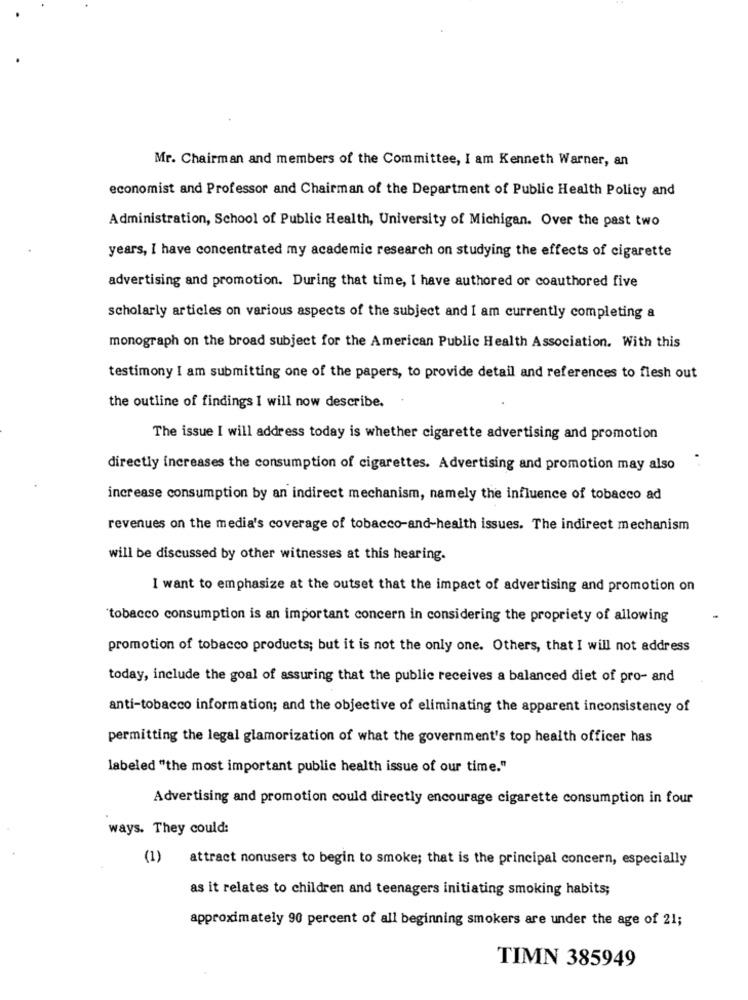
Mr. Chairman and members of the Committee, I am Kenneth Warner, an
economist and Professor and Chairman of the Department of Public Health Policy and
Administration, School of Public Health, University of Michigan. Over the past two
years, I have concentrated my academic research on studying the effects of cigarette
advertising and promotion. During that time, I have authored or coauthored five
scholarly articles on various aspects of the subject and I am currently completing a
monograph on the broad subject for the American Public Health Association. With this
testimony I am submitting one of the papers, to provide detail and references to flesh out
the outline of findings I will now describe.
The issue I will address today is whether cigarette advertising and promotion
directly increases the consumption of cigarettes. Advertising and promotion may also
increase consumption by an indirect mechanism, namely the influence of tobacco ad
revenues on the media's coverage of tobacco-and-health issues. The indirect mechanism
will be discussed by other witnesses at this hearing.
I want to emphasize at the outset that the impact of advertising and promotion on
'tobacco consumption is an important concern in considering the propriety of allowing
promotion of tobacco products; but it is not the only one. Others, that I will not address
today, include the goal of assuring that the public receives a balanced diet of pro- and
anti-tobacco information; and the objective of eliminating the apparent inconsistency of
permitting the legal glamorization of what the government's top health officer has
labeled "the most important public health issue of our time."
Advertising and promotion could directly encourage cigarette consumption in four
ways. They could:
(1)
attract nonusers to begin to smoke; that is the principal concern, especially
as it relates to children and teenagers initiating smoking habits;
approximately 90 percent of all beginning smokers are under the age of 21;
TIMN 385949